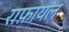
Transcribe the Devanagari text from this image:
राफ़ायल